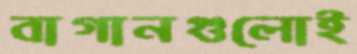
বাগানগুলোই